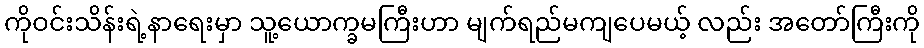
ကိုဝင်းသိန်းရဲ့နာရေးမှာ သူ့ယောက္ခမကြီးဟာ မျက်ရည်မကျပေမယ့် လည်း အတော်ကြီးကို